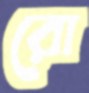
রো